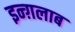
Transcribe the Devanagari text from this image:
इन्ग़लाब